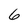
Character: 6